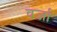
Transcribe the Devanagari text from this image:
वर्जा